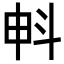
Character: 𣁱